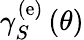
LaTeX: \gamma_{S}^{\left(\mathrm{e}\right)}\left(\theta\right)